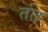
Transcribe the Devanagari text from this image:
तंत